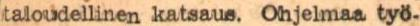
taloudellinen katsaus. Ohjelmaa työ-